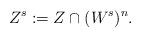
LaTeX: \begin{align*}Z^s:=Z\cap (W^s)^n. \end{align*}